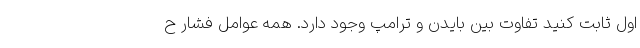
اول ثابت کنید تفاوت بین بایدن و ترامپ وجود دارد. همه عوامل فشار ح